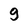
Character: g